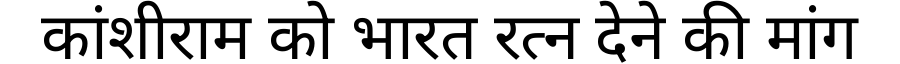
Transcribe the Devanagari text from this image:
कांशीराम को भारत रत्न देने की मांग